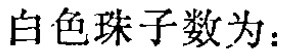
白色珠子数为：